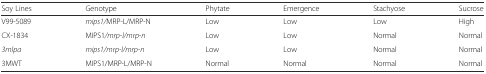
<table><thead><tr><td><b>Soy Lines</b></td><td><b>Genotype</b></td><td><b>Phytate</b></td><td><b>Emergence</b></td><td><b>Stachyose</b></td><td><b>Sucrose</b></td></tr></thead><tbody><tr><td>V99-5089</td><td><i>mips1/</i>MRP-L/MRP-N</td><td>Low</td><td>Low</td><td>Low</td><td>High</td></tr><tr><td>CX-1834</td><td>MIPS1<i>/mrp-l/mrp-n</i></td><td>Low</td><td>Low</td><td>Normal</td><td>Normal</td></tr><tr><td><i>3mlpa</i></td><td><i>mips1/mrp-l/mrp-n</i></td><td>Low</td><td>Low</td><td>Normal</td><td>Normal</td></tr><tr><td>3MWT</td><td>MIPS1/MRP-L/MRP-N</td><td>Normal</td><td>Normal</td><td>Normal</td><td>Normal</td></tr></tbody></table>